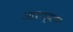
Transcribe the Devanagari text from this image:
आरण्यका